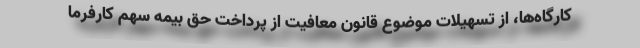
کارگاه‌ها، از تسهیلات موضوع قانون معافیت از پرداخت حق بیمه سهم کارفرما